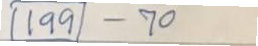
199 - 70